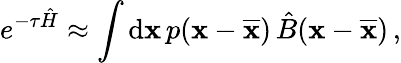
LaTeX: e^{-\tau\hat{H}}\approx\int\mathrm{d}\textbf{x}\, p(\textbf{x}-\overline{{\textbf{x}}})\, \hat{B}(\textbf{x}-\overline{{\textbf{x}}})\, ,